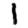
Digit: 1